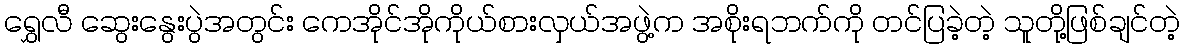
ရွှေလီ ဆွေးနွေးပွဲအတွင်း ကေအိုင်အိုကိုယ်စားလှယ်အဖွဲ့က အစိုးရဘက်ကို တင်ပြခဲ့တဲ့ သူတို့ဖြစ်ချင်တဲ့